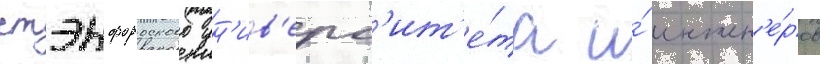
стэнфордского ун'ив'ерс'ит'е́та и́ инжен'е́ров